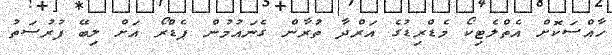
ހާއްސަކޮށް އެތްލެޓިކޯ މެޑްރިޑުގެ އަރްދާ ތުރާން ގެނައުމުން ޕެޑްރޯ އަށް ލިބޭ ފުރުސަތު